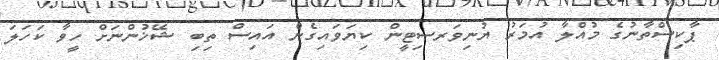
ޕާކިސްތާނުގެ މުއްލާ އުމަރު ޔުނިވަރސިޓީން ކިޔަވައިގެން އައިސް ތިބި ޝޭޚުންނަށް ހީވާ ކަހަލަ